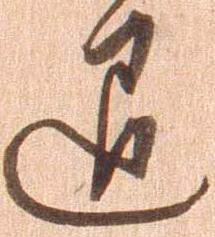
退